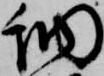
納